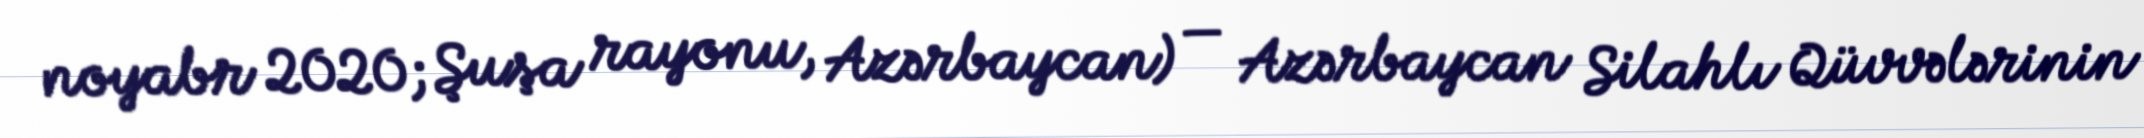
noyabr 2020; Şuşa rayonu, Azərbaycan) — Azərbaycan Silahlı Qüvvələrinin